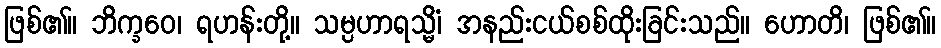
ဖြစ်၏။ ဘိက္ခဝေ၊ ရဟန်းတို့။ သမ္ပဟာရသ္မိံ၊ အနည်းငယ်စစ်ထိုးခြင်းသည်။ ဟောတိ၊ ဖြစ်၏။